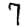
Digit: 7